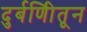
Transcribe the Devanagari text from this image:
दुर्बणिीतून